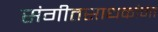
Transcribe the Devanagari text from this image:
संगीतसाधकांना